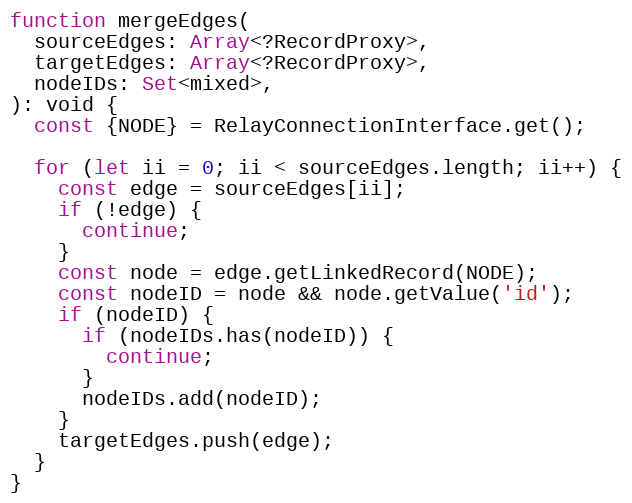
Language: JavaScript
function mergeEdges(
  sourceEdges: Array<?RecordProxy>,
  targetEdges: Array<?RecordProxy>,
  nodeIDs: Set<mixed>,
): void {
  const {NODE} = RelayConnectionInterface.get();

  for (let ii = 0; ii < sourceEdges.length; ii++) {
    const edge = sourceEdges[ii];
    if (!edge) {
      continue;
    }
    const node = edge.getLinkedRecord(NODE);
    const nodeID = node && node.getValue('id');
    if (nodeID) {
      if (nodeIDs.has(nodeID)) {
        continue;
      }
      nodeIDs.add(nodeID);
    }
    targetEdges.push(edge);
  }
}